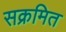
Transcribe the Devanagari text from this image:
सक्रमित